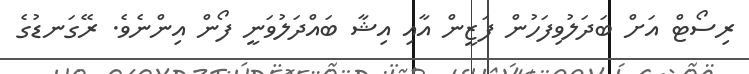
ރިސޯޓް އަށް ބަދަލުވިފަހުން ފަޒީން އާއި އިޝާ ބައްދަލުވަނީ ފޯން އިންނެވެ. ރޭގަނޑުގެ